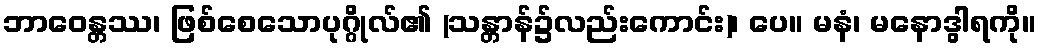
ဘာဝေန္တဿ၊ ဖြစ်စေသောပုဂ္ဂိုလ်၏ (သန္တာန်၌လည်းကောင်း)၊ ပေ။ မနံ၊ မနောဒွါရကို။